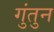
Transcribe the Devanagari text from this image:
गुंतुन